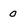
Character: 0